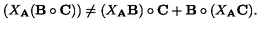
( X _ { \bf A } ( { \bf B } \circ { \bf C } ) ) \neq ( X _ { \bf A } { \bf B } ) \circ { \bf C } + { \bf B } \circ ( X _ { \bf A } { \bf C } ) .